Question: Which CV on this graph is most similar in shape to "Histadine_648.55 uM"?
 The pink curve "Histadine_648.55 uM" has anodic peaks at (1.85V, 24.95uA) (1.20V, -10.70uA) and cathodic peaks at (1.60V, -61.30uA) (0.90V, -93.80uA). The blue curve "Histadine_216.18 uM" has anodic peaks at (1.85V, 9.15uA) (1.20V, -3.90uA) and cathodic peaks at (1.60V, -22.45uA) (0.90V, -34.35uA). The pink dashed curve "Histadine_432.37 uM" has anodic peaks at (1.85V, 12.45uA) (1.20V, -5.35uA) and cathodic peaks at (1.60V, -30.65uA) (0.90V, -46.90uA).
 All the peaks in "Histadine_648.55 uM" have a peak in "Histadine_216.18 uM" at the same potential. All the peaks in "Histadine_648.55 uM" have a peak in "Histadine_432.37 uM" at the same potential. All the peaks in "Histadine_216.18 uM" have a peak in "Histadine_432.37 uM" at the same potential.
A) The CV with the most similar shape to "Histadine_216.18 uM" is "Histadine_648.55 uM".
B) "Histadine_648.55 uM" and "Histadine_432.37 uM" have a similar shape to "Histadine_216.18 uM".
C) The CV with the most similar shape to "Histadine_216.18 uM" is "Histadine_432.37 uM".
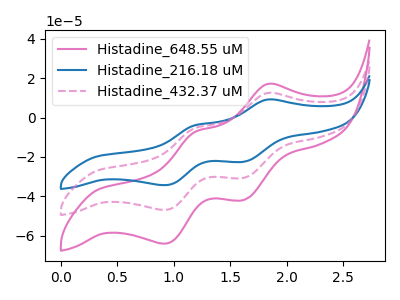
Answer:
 <answer>B) "Histadine_648.55 uM" and "Histadine_432.37 uM" have a similar shape to "Histadine_216.18 uM".</answer>
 <eval>B</eval>